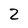
Character: 2